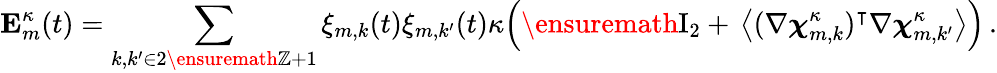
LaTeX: \mathbf{E}_{m}^{\kappa}(t)=\sum_{k,k^{\prime}\in 2\ensuremath{\mathbb{Z}}+1}\xi_{m,k}(t)\xi_{m,k^{\prime}}(t)\kappa\Bigl(\ensuremath{\mathrm{I}_{2}}+\, \bigl\langle(\nabla{\boldsymbol{\chi}}_{m,k}^{\kappa})^{\intercal}\nabla{\boldsymbol{\chi}}_{m,k^{\prime}}^{\kappa}\bigr\rangle\Bigr)\, .